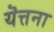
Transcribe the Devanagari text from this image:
यॆत्तना